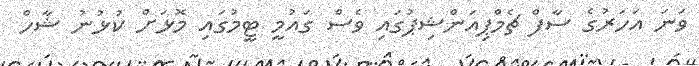
ވަނަ އަހަރުގެ ސާފް ޗެމްޕިއަންޝިޕުގައި ވެސް ގައުމީ ޓީމުގައި މޮޅަށް ކުޅުނު ޝާހް